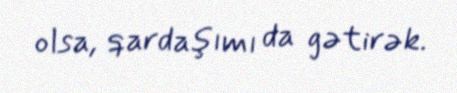
olsa, qardaşımı da gətirək.